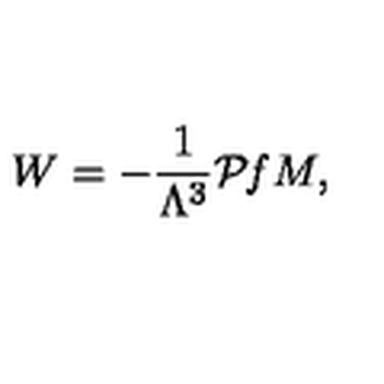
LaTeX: W = - \frac { 1 } { \Lambda ^ { 3 } } { \cal P } { \it f } M ,